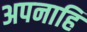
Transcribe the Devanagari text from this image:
अपनाहि